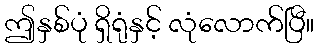
ဤနှစ်ပုံ ရှိရုံနှင့် လုံလောက်ပြီ။